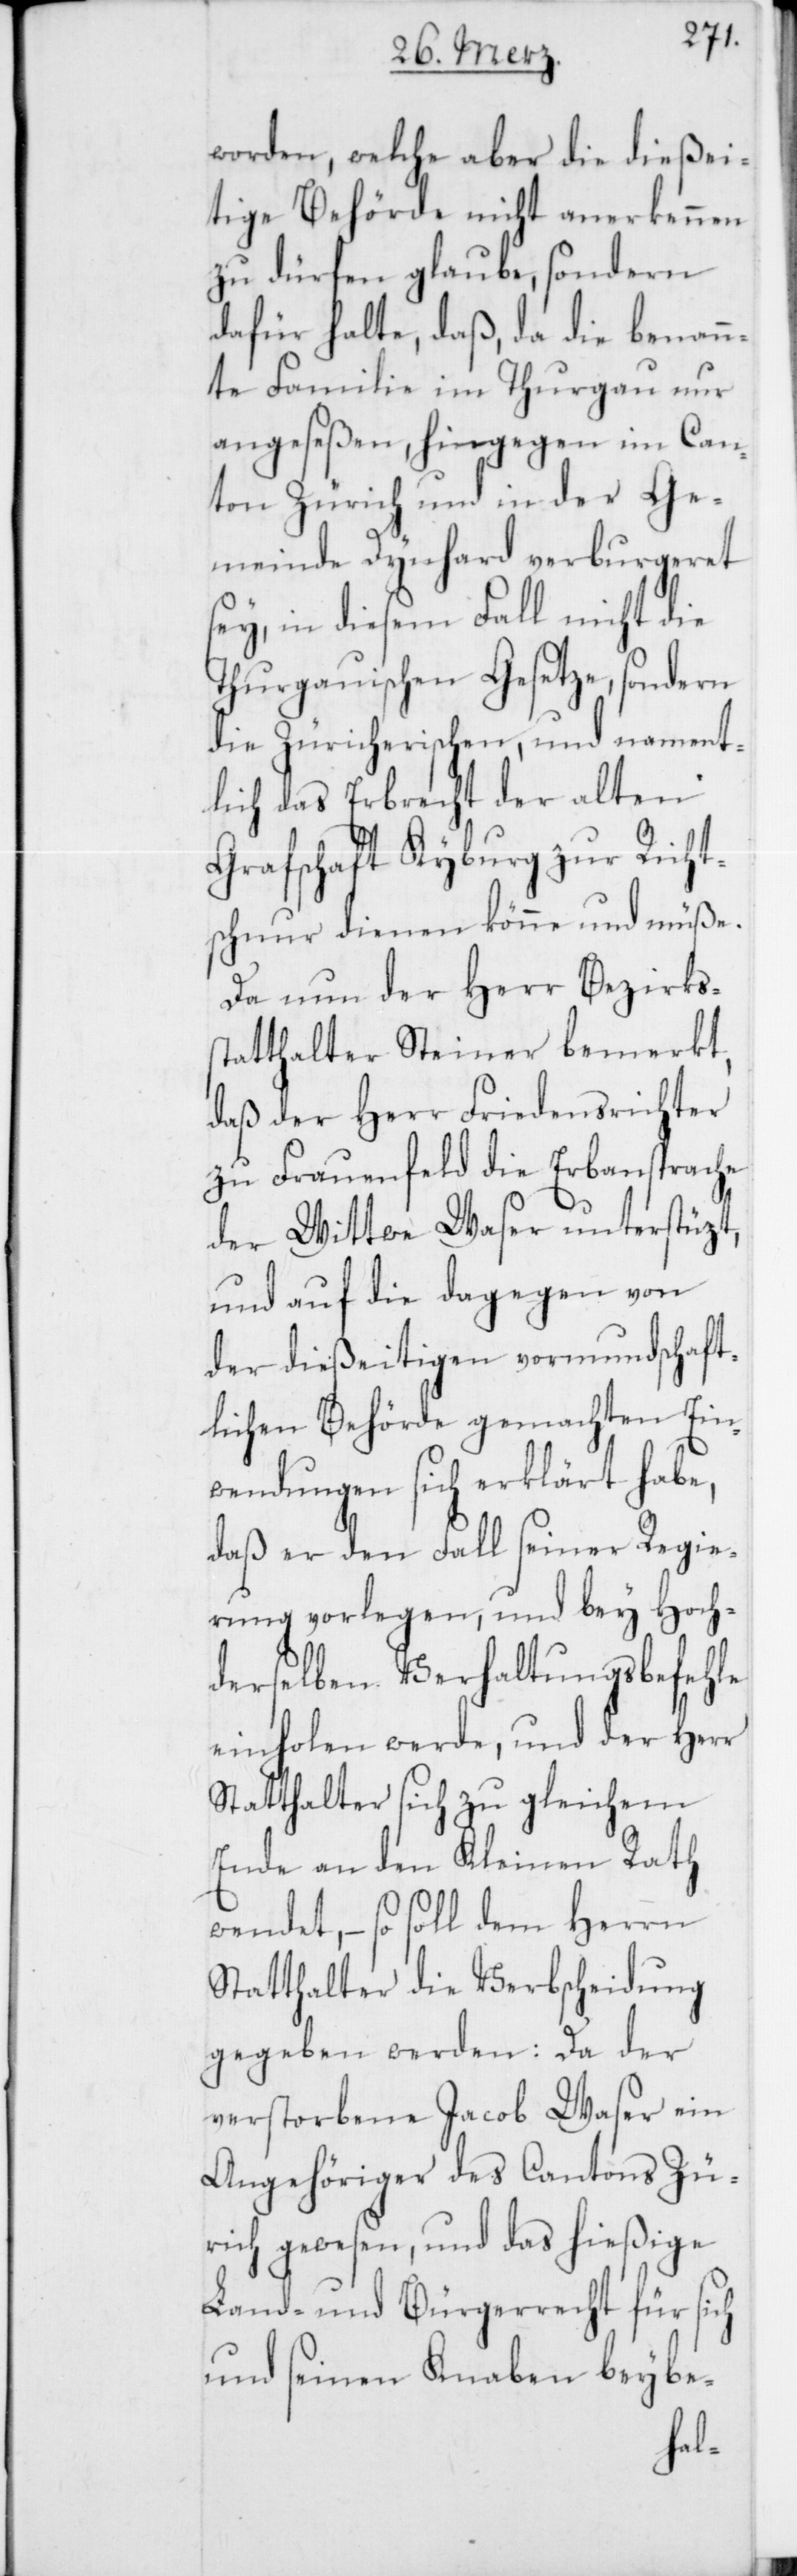
worden, welche aber die dießei¬
tige Behörde nicht anerkennen
zu dürfen glaube, sondern
dafür halte, daß, da die benann¬
te Familie im Thurgau nur
angeseßen, hingegen im Can¬
ton Zürich und in der Ge¬
meinde Dynhard verburgeret
sey, in diesem Fall nicht die
Thurgauischen Gesetze, sondern
die Zürcherischen, und nament¬
lich das Erbrecht der alten
Grafschaft Kyburg zur Richts¬
chnur dienen könne und müße.
Da nun der Herr Bezirkss¬
tatthalter Steiner bemerkt,
daß der Herr Friedensrichter
zu Frauenfeld die Erbansprache
der Wittwe Waser unterstüzt,
und auf die dagegen von
der dießeitigen vormundschaft¬
lichen Behörde gemachten Ein¬
wendungen sich erklärt habe,
daß er den Fall seiner Regie¬
rung vorlegen, und bey Hoch¬
derselben Verhaltungsbefehle
einholen werde, und der Herr
Statthalter sich zu gleichem
Ende an den Kleinen Rath
wendet, – so soll dem Herrn
Statthalter die Verbscheidung
gegeben werden: Da der
verstorbene Jacob Waser ein
Angehöriger des Cantons Zü¬
rich gewesen, und das hießige
Land- und Bürgerrecht für sich
und seinen Knaben beybe-